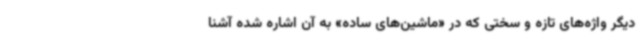
دیگر واژه‌های تازه و سختی که در «ماشین‌های ساده» به آن اشاره شده آشنا